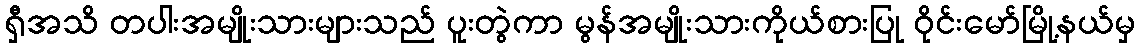
ရှီအသိ တပါးအမျိုးသားများသည် ပူးတွဲကာ မွန်အမျိုးသားကိုယ်စားပြု ဝိုင်းမော်မြို့နယ်မှ